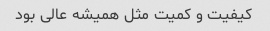
کیفیت و کمیت مثل همیشه عالی بود